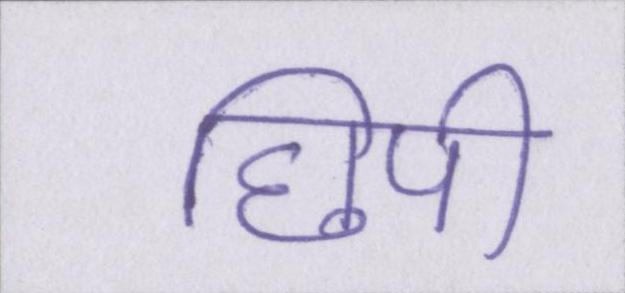
छिपी